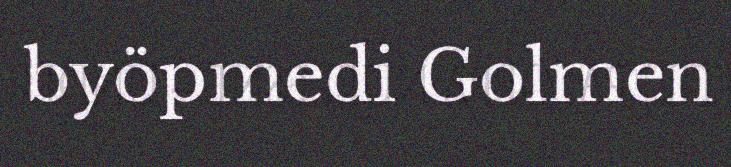
byöpmedi Golmen